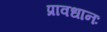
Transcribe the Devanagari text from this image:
प्रावधानः